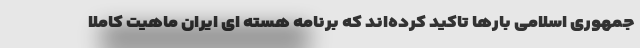
جمهوری اسلامی بارها تاکید کرده‌اند که برنامه هسته ای ایران ماهیت کاملا